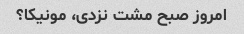
امروز صبح مشت نزدی، مونیکا؟